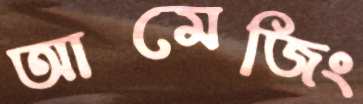
আমেজিং